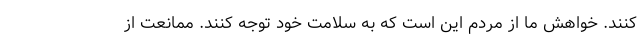
کنند. خواهش ما از مردم این است که به سلامت خود توجه کنند. ممانعت از